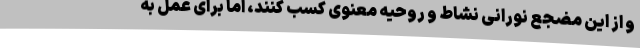
و از این مضجع نورانی نشاط و روحیه معنوی کسب کنند، اما برای عمل به